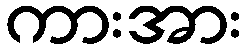
ကားအား